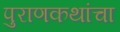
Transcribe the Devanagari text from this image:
पुराणकथांचा